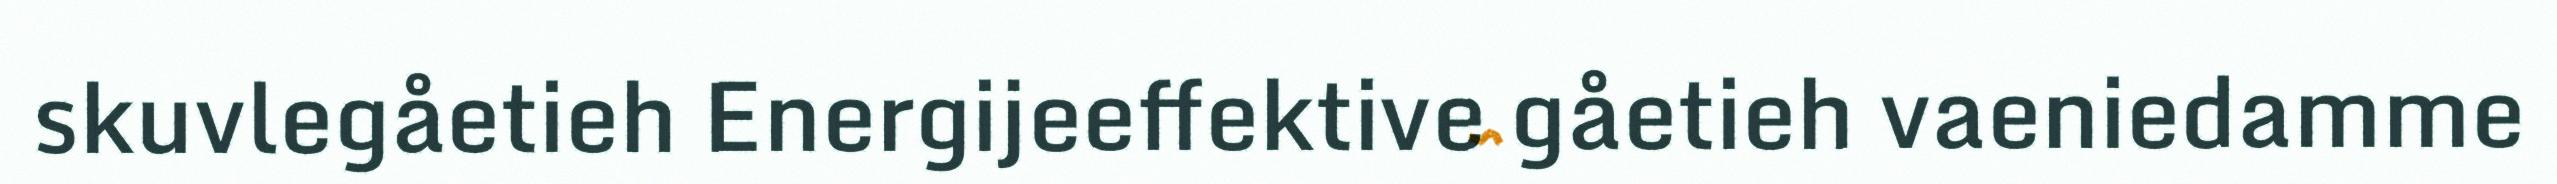
skuvlegåetieh Energijeeffektive gåetieh vaeniedamme